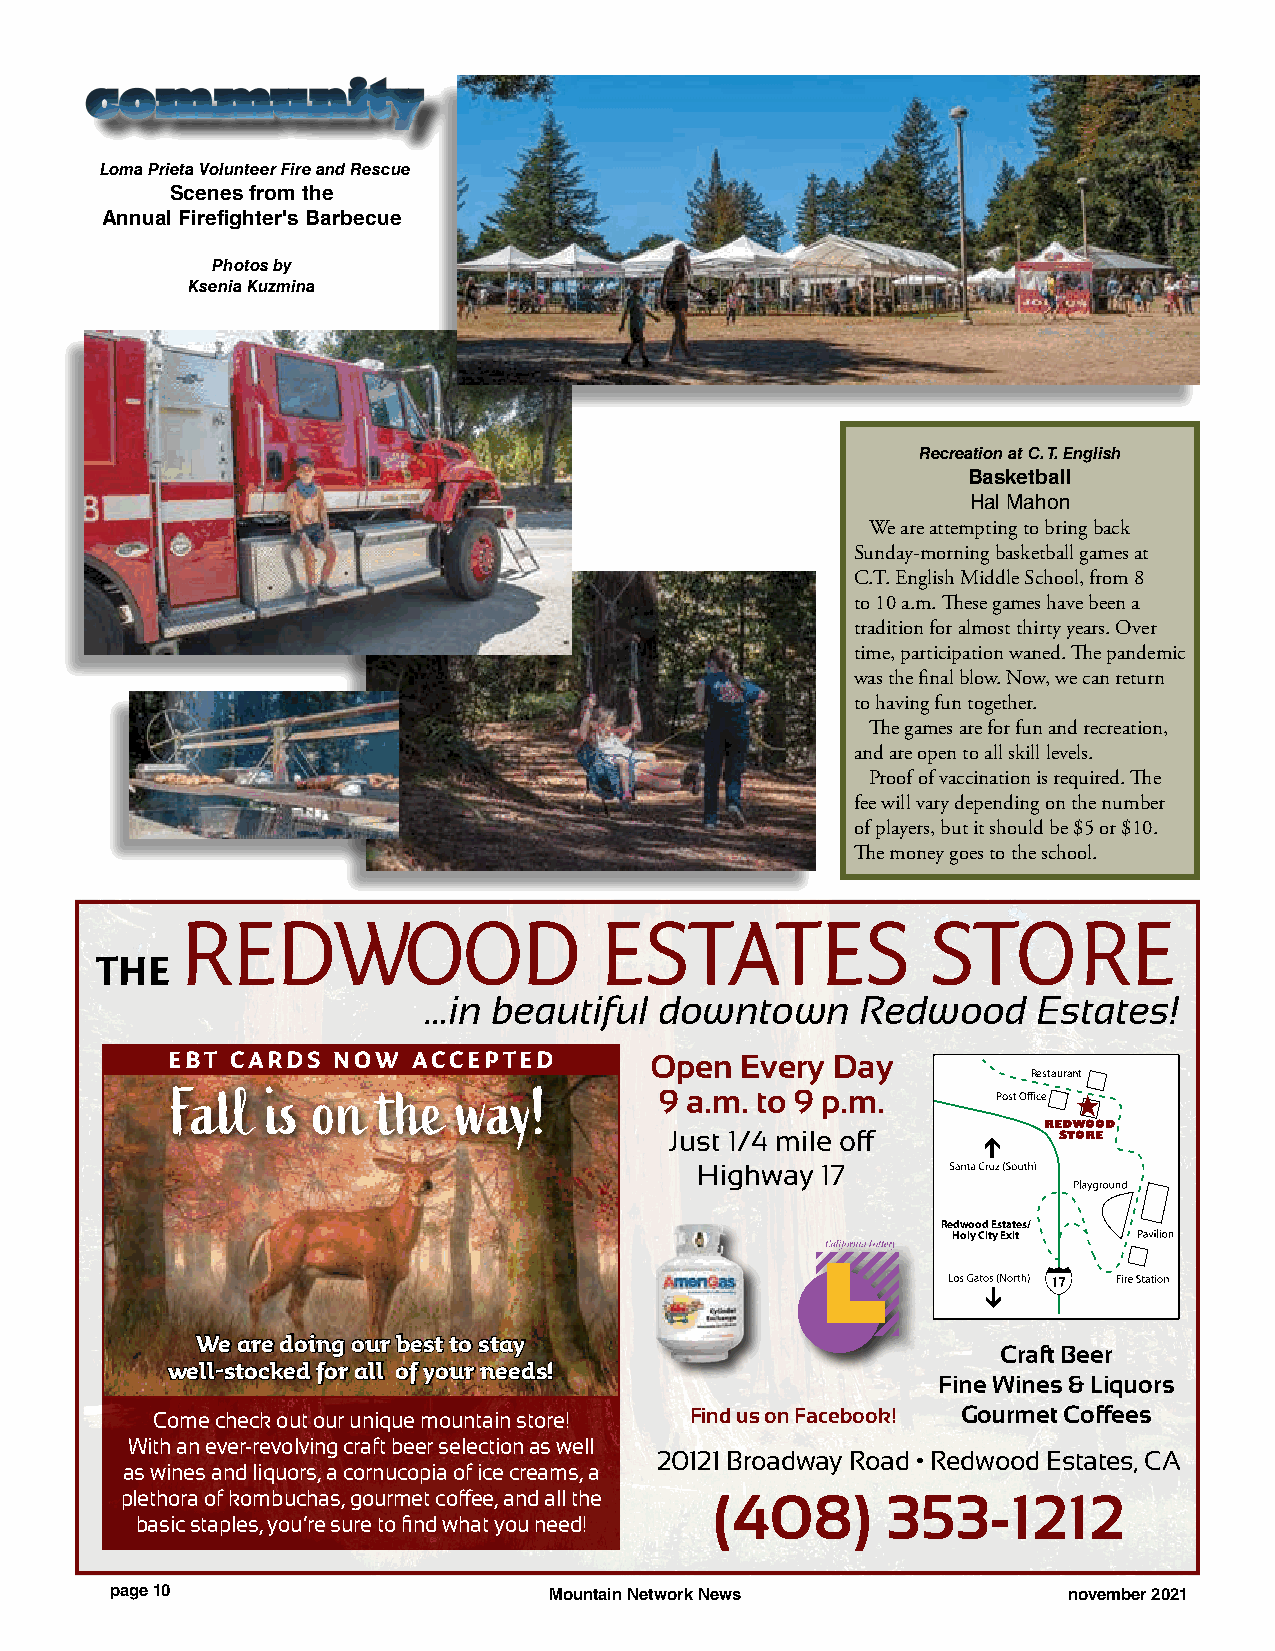
ccoommmmuunniittyy
 Loma Prieta Volunteer Fire and Rescue
 Scenes from the
 Annual Firefighter's Barbecue
 Photos by
 Ksenia Kuzmina
 Recreation at C. T. English
 Basketball
 Hal Mahon
 We are attempting to bring back
 Sunday-morning basketball games at
 C.T. English Middle School, from 8
 to 10 a.m. These games have been a
 tradition for almost thirty years. Over
 time, participation waned. The pandemic
 was the final blow. Now, we can return
 to having fun together.
 The games are for fun and recreation,
 and are open to all skill levels.
 Proof of vaccination is required. The
 fee will vary depending on the number
 of players, but it should be $5 or $10.
 The money goes to the school.
 REDWOOD                     ESTATES               STORE
 THE
 …in  beautiful  downtown     Redwood     Estates!
 EBT CARDS  NOW  ACCEPTED        Open  Every Day
 Restaurant
 Fall   is on  the  way!          9 a.m. to 9 p.m.      Post Office
 REDWOOD
 Just 1/4 mile off         STORE
 Highway 17
 Redwood Estates/
 Holy City Exit
 WWee aarree ddooiinngg oouurr bbeesstt ttoo ssttaayy
 Craft Beer
 wweellll--ssttoocckkeedd ffoorr aallll ooff yyoouurr nneeeeddss!!
 Fine Wines & Liquors
 Come check out our unique mountain store! Find us on Facebook! Gourmet Coffees
 With an ever-revolving craft beer selection as well
 20121 Broadway Road • Redwood Estates, CA
 as wines and liquors, a cornucopia of ice creams, a
 plethora of kombuchas, gourmet coffee, and all the (408) 353-1212
 basic staples, you’re sure to find what you need!
 page 10                      Mountain Network News              november 2021